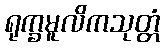
ရုက္ခမူလိကသုတ္တံ